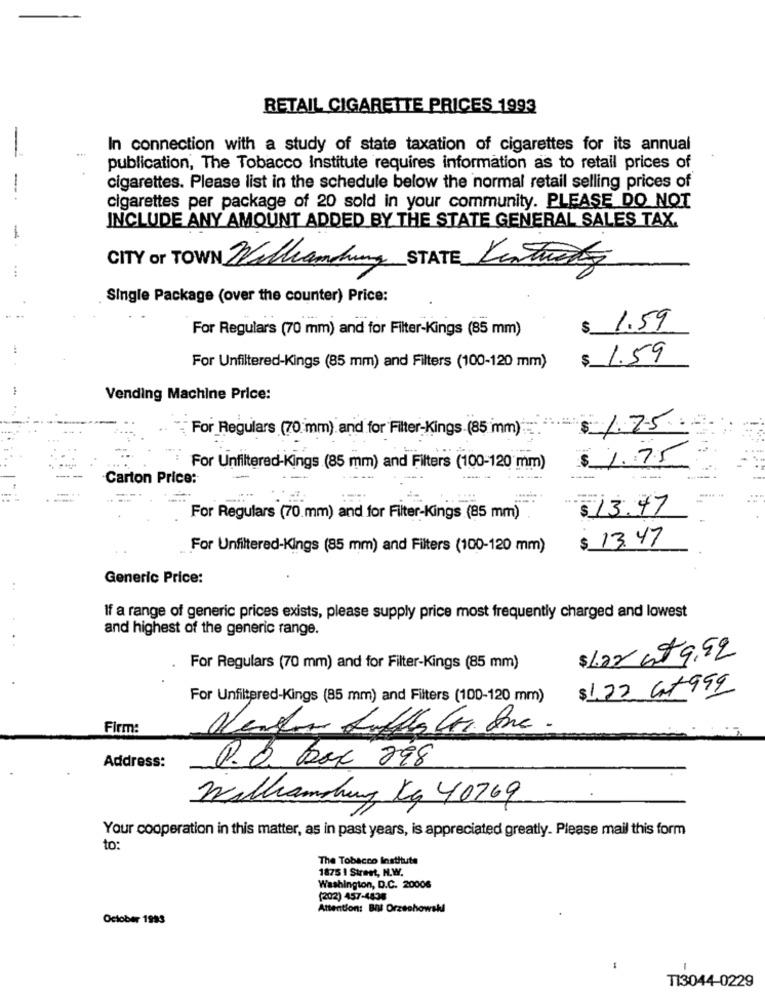
RETAIL CIGARETTE PRICES 1993
In connection with a study of state taxation of cigarettes for its annual
-
publication, The Tobacco Institute requires information as to retail prices of
cigarettes. Please list in the schedule below the normal retail selling prices of
cigarettes per package of 20 sold in your community. PLEASE DO NOT
INCLUDE ANY AMOUNT ADDED BY THE STATE GENERAL SALES TAX.
-
CITY or TOWN Williamdung STATE Kentwar
Single Package (over the counter) Price:
For Regulars (70 mm) and for Filter-Kings (85 mm)
$ 1.59
$
1.59
For Unfiltered-Kings (85 mm) and Filters (100-120 mm)
Vending Machine Price:
For Regulars (70 mm) and for Filter-Kings. (85 mm)
$ 1.7.5.
$ 1.75
For Unfiltered-Kings (85 mm) and Filters (100-120 mm)
Carton Price:
$ 13.47
For Regulars (70 mm) and for Filter-Kings (85 mm)
$ 13.47
For Unfiltered-Kings (85 mm) and Filters (100-120 mm)
Generic Price:
If a range of generic prices exists, please supply price most frequently charged and lowest
and highest of the generic range.
$Lara$ 9.92
For Regulars (70 mm) and for Filter-Kings (85 mm)
$ 1.72 G+999
For Unfiltered-Kings (85 mm) and Filters (100-120 mm)
Firm:
Address:
P. O. box 298
Wathanskung Kg 40769
Your cooperation in this matter, as in past years, is appreciated greatly. Please mail this form
to:
The Tobacco Institute
1875 1 Street, N.W.
Washington, D.C. 20006
(202) 457-4838
Attention: BIM Orzechowski
October 1983
-
T13044-0229